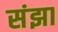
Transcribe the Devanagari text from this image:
संझा